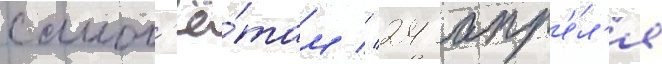
самол'ё́там // 24 апр'е́л'я